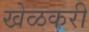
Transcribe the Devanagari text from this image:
खेळकरी